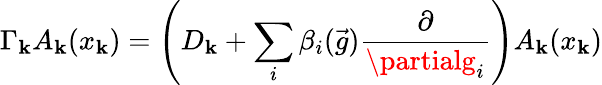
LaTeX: \Gamma_{\mathbf{k}}A_{\mathbf{k}}(x_{\mathbf{k}})=\left(D_{\mathbf{k}}+\sum_{i}\beta_{i}(\vec{{g}})\frac{{\partial}}{{\partialg_{i}}}\right)A_{\mathbf{k}}(x_{\mathbf{k}})